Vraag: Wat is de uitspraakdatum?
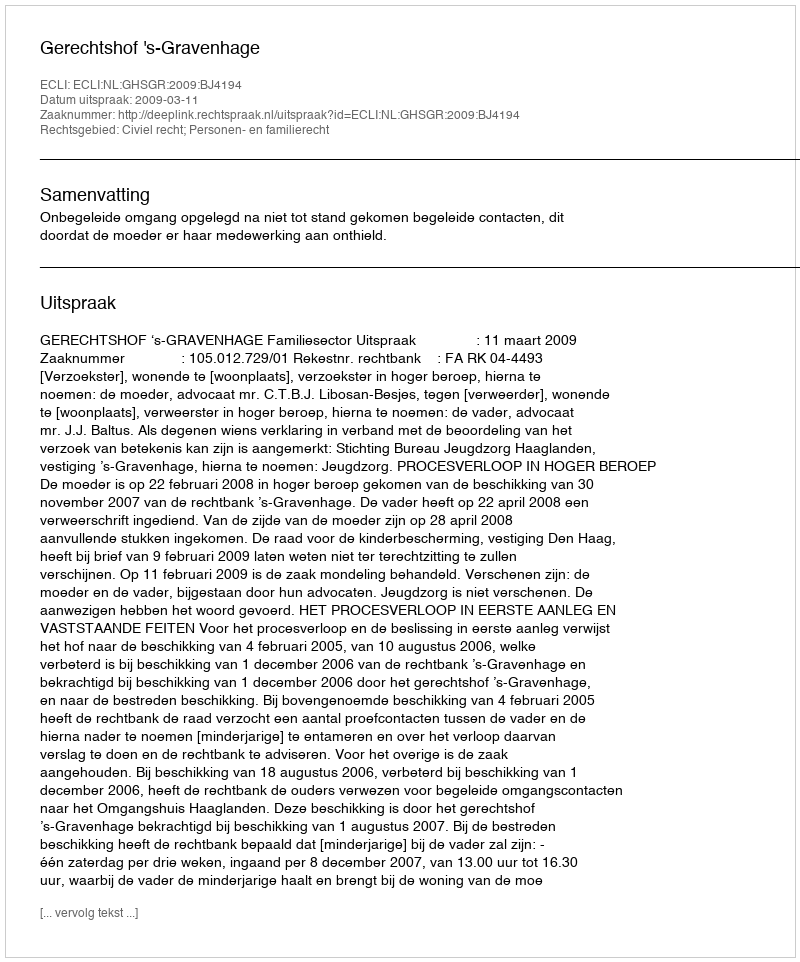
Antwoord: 2009-03-11